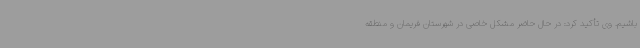
باشیم. وی تأکید کرد: در حال حاضر مشکل خاصی در شهرستان فریمان و منطقه